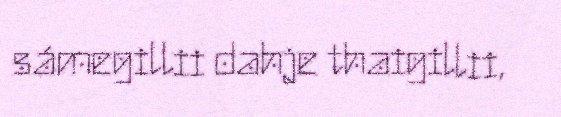
sámegillii dahje thaigillii,